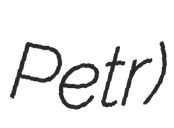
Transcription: Petr)